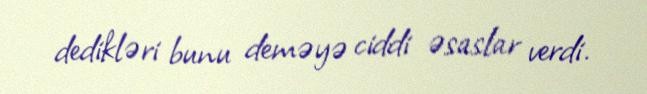
dedikləri bunu deməyə ciddi əsaslar verdi.